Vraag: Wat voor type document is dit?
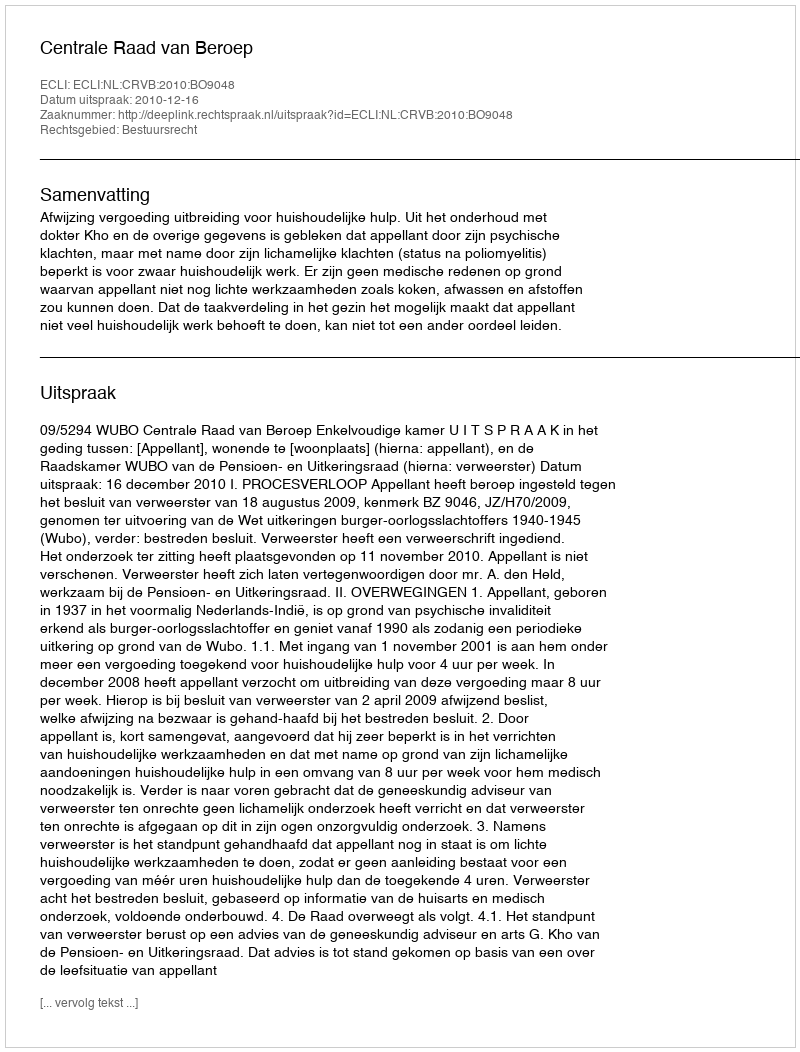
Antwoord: Uitspraak